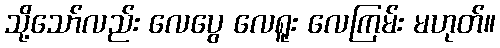
သို့သော်လည်း လေပွေ လေရူး လေကြမ်း မဟုတ်။